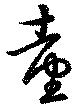
台